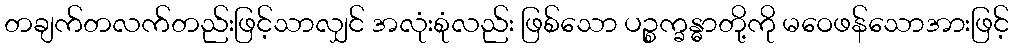
တချက်တလက်တည်းဖြင့်သာလျှင် အလုံးစုံလည်း ဖြစ်သော ပဉ္စက္ခန္ဓာတို့ကို မဝေဖန်သောအားဖြင့်